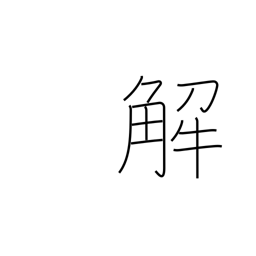
Meaning: notes